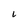
Character: 6